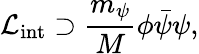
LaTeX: {\cal L_{\mathrm{int}}}\supset\frac{m_{\psi}}{M}\phi\bar{\psi}\psi,